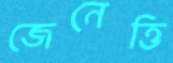
জেনেত্তি